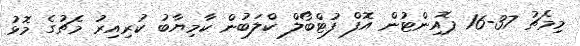
މިމެޗު 37-16 ޕޮއިންޓުން އޮފް ފުޓްބޯލް ކްލަބުން ކާމިޔާބު ކުރިއިރު މެޗުގެ މޮޅު